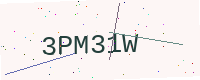
Text: 3PM31W